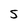
Character: S